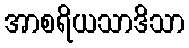
အာစရိယသာဒိသာ